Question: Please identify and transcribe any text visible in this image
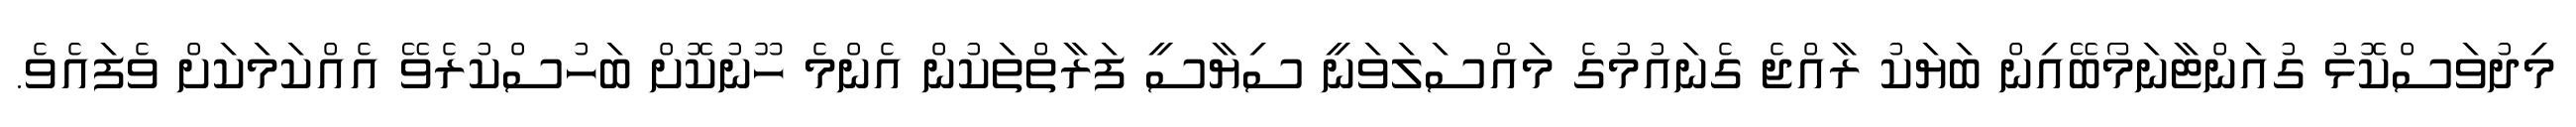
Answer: މިދުވަސްކޮޅު ގުއަންޓާނަމޯބޭއިން ބަޔަކު ރާއްޖެ ގެނައުމުގެ މައްސަލަވަނީ ސިޔާސީ ފަރާތްތަކުން އެންމެ ހޫނުކޮށް ބަހުސްކުރެވޭ އެއްކަމަކަށް ވެފައެވެ.